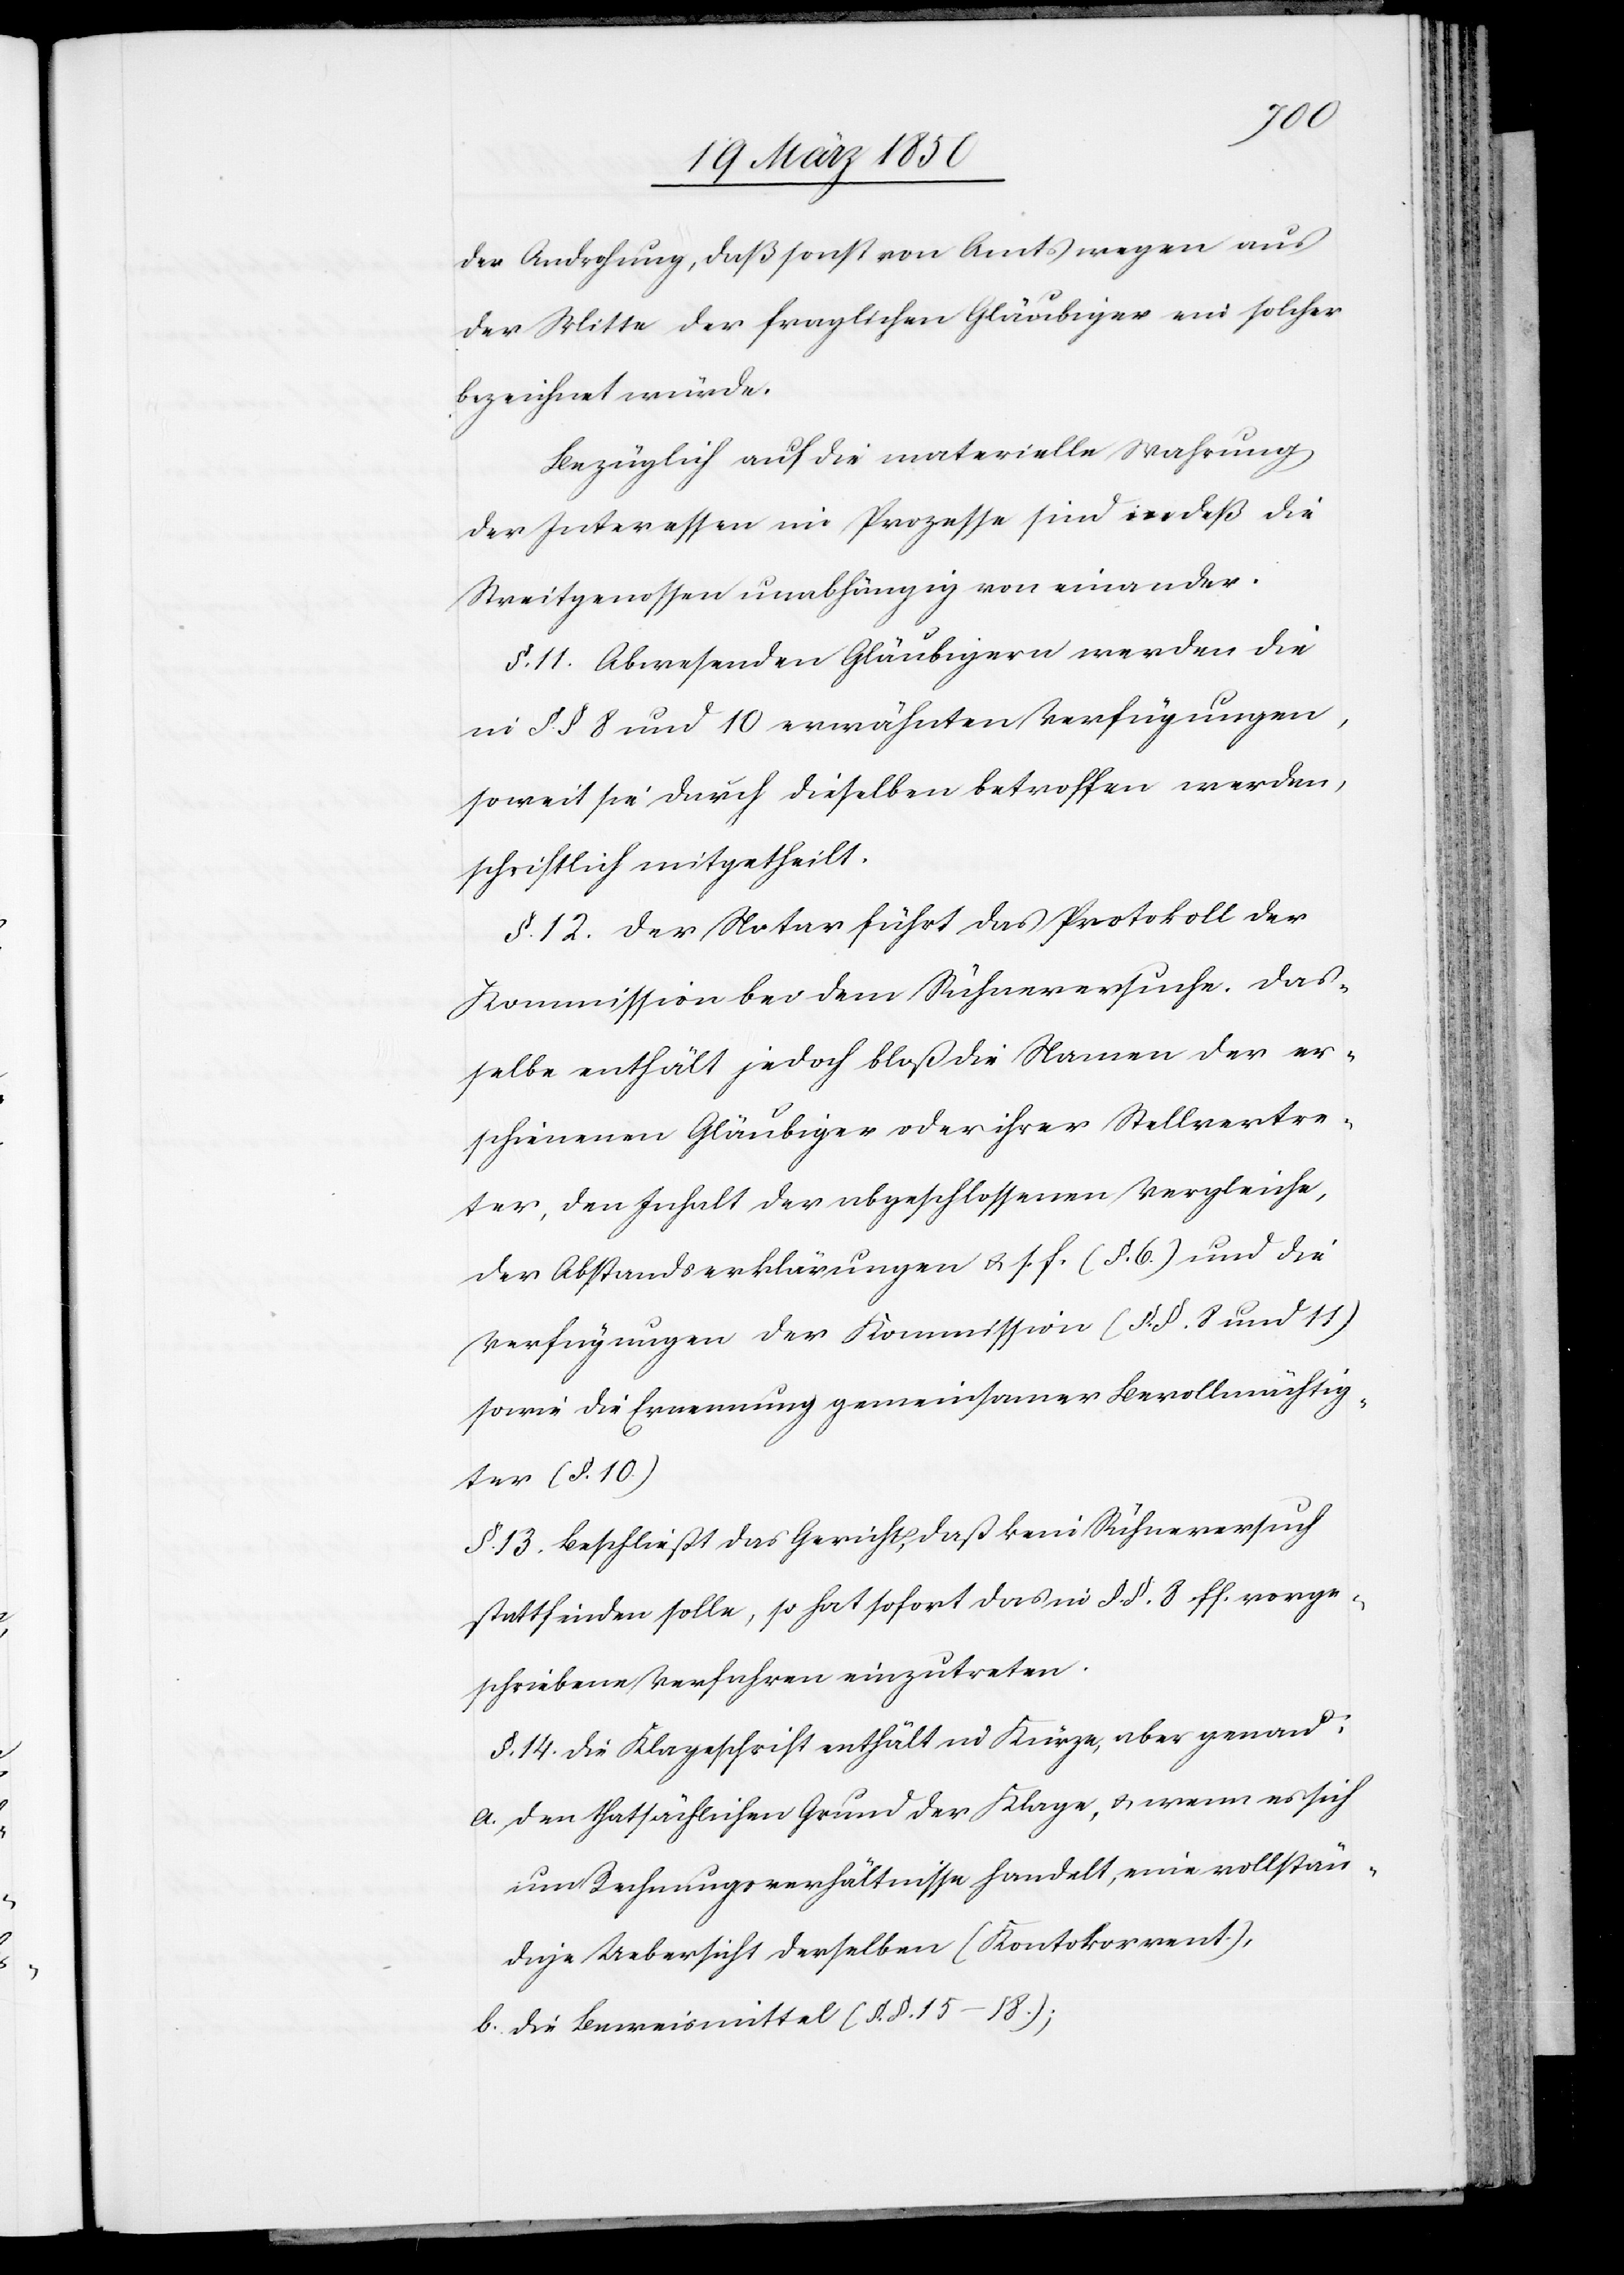
der Androhung, daß sonst von Amts wegen aus
der Mitte der fraglichen Gläubiger ein solcher
bezeichnet würde.
Bezüglich auf die materielle Wahrung
der Interessen im Prozesse sind indeß die
Streitgenossen unabhängig von einander.
§. 11. Abwesenden Gläubigern werden die
in §. § 8 und 10 erwähnten Verfügungen,
soweit sie durch dieselben betroffen werden,
schriftlich mitgetheilt.
§. 12. Der Notar führt das Protokoll der
Kommission bei dem Sühneversuche. Das¬
selbe enthält jedoch bloß die Namen der er¬
schienenen Gläubiger oder ihrer Stellvertre¬
ter, den Inhalt der abgeschlossenen Vergleiche,
der Abstandserklärungen u. s. f. (§. 6.) und die
Verfügungen der Kommission (§. §. 8 und 11)
sowie die Ernennung gemeinsamer Bevollmächtig¬
ter (§. 10.)
§. 13. Beschließt das Gericht, daß kein Sühneversuch
stattfinden solle, so hat sofort das in §. §. 8. ff. vorge¬
schriebene Verfahren einzutreten.
§. 14. Die Klageschrift enthält in Kürze, aber genau:
a. den thatsächlichen Grund der Klage, u. wenn es sich
um Rechnungsverhältnisse handelt, eine vollstän¬
dige Uebersicht derselben (Kontokorrent.),
b. die Beweismittel (§. §. 15–18.);